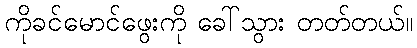
ကိုခင်မောင်ဖွေးကို ခေါ်သွား တတ်တယ်။